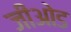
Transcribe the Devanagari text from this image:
जीओड